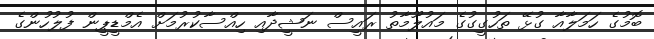
ބޮމުގެ ހަމަލާއާ ގުޅޭ ތަހުގީގުގެ މައުލޫމާތު ރައީސް ނަޝީދާއި ހިއްސާކުރުމަށް އެމްޑީޕީން ފުލުހުންގެ